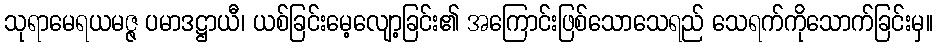
သုရာမေရယမဇ္ဇ ပမာဒဋ္ဌာယီ၊ ယစ်ခြင်းမေ့လျော့ခြင်း၏ အကြောင်းဖြစ်သောသေရည် သေရက်ကိုသောက်ခြင်းမှ။